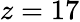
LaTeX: z=17